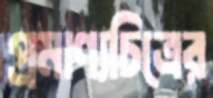
প্রমাণ্যচিত্রের